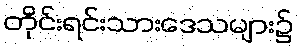
တိုင်းရင်းသားဒေသများ၌